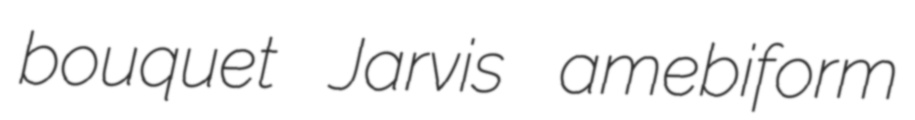
bouquet Jarvis amebiform